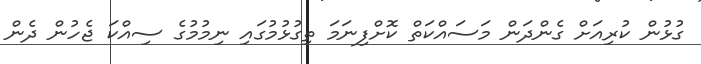
ގުޅުން ކުރިއަށް ގެންދަން މަސައްކަތް ކޮށްފިނަމަ ތިގުޅުމުގައި ނިމުމުގެ ސިއްކަ ޖެހުން ދެން